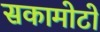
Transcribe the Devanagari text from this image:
सकामोटो